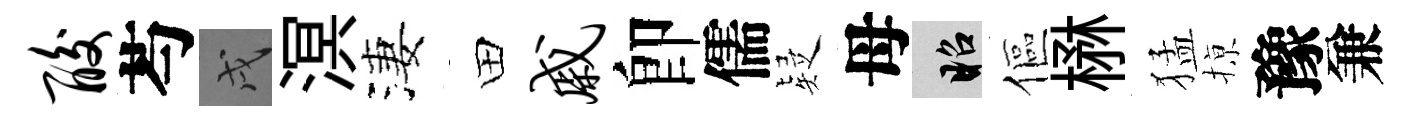
酸芍戌溟淒田戚卽儒疑母昭傴楙猛𢱊豫兼